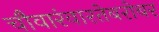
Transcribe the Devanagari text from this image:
चौवारंवारतेबरोबर